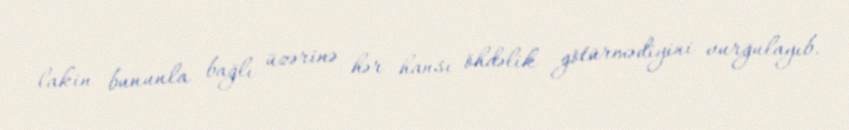
lakin bununla bağlı üzərinə hər hansı öhdəlik götürmədiyini vurğulayıb.